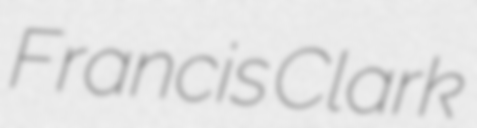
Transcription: Francis Clark